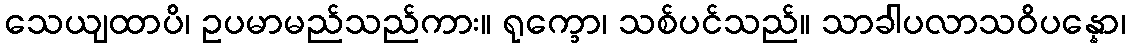
သေယျထာပိ၊ ဥပမာမည်သည်ကား။ ရုက္ခော၊ သစ်ပင်သည်။ သာခါပလာသဝိပန္နော၊